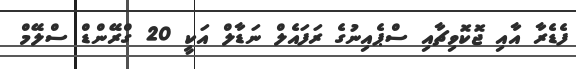
ފެޑެރާ އާއި ޖޮކޮވިޗާއި ސްޕެއިނުގެ ރަފައެލް ނަޑާލް އަކީ 20 ގްރޭންޑް ސްލޭމް